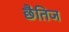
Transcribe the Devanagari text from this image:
छैतिज